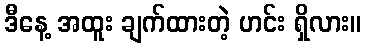
ဒီနေ့ အထူး ချက်ထားတဲ့ ဟင်း ရှိလား။